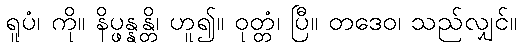
ရူပံ၊ ကို။ နိပ္ဖန္နန္တိ၊ ဟူ၍။ ဝုတ္တံ၊ ပြီ။ တဒေဝ၊ သည်လျှင်။